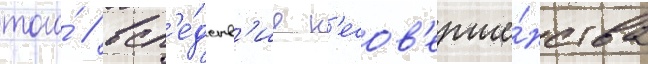
того́ / всл'е́дств'ие н'есов'ерше́нства